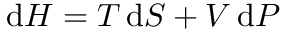
\mathrm { d } H = T \, \mathrm { d } S + V \, \mathrm { d } P